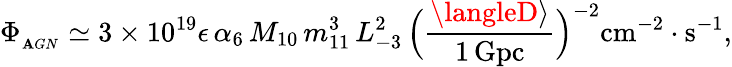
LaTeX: \Phi_{_{\mathbf{A}GN}}\simeq3\times10^{19}\epsilon\, \alpha_{6}\, M_{10}\, m_{11}^{3}\, L_{-3}^{2}\, \Bigl({\frac{{\langleD\rangle}}{{1\, \mathrm{{Gpc}}}}}\Bigr)^{-2}\mathrm{{cm}}^{-2}\cdot\mathrm{{s}}^{-1},